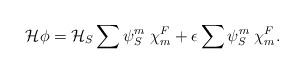
LaTeX: \begin{align*}{\cal H} \phi = {\cal H}_S \sum {\psi}^m_S \;{\chi}^F_m + \epsilon\sum {\psi}^m_S \;{\chi}^F_m.\end{align*}